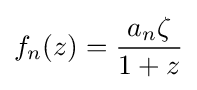
f_{n}(z)={\frac {a_{n}\zeta }{1+z}}